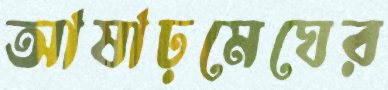
আষাঢ়মেঘের